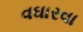
વઘારવા